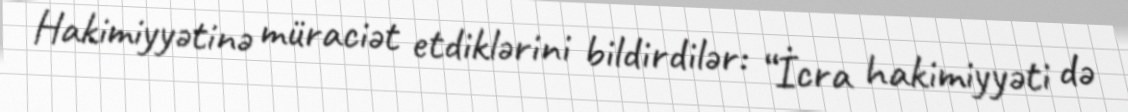
Hakimiyyətinə müraciət etdiklərini bildirdilər: “İcra hakimiyyəti də